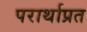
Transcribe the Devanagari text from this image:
परार्थाप्रत